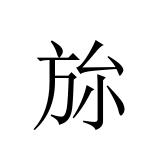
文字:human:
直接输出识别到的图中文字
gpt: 旀